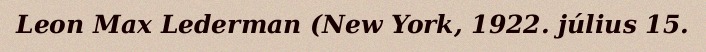
Leon Max Lederman (New York, 1922. július 15.